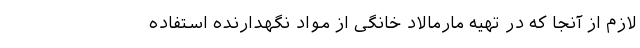
لازم از آنجا که در تهیه مارمالاد خانگی از مواد نگهدارنده استفاده